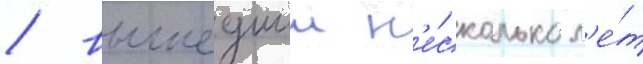
/ вышедшии н'е́сколько л'е́т